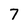
Character: 7